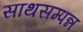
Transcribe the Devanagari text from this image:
साथसम्पन्न